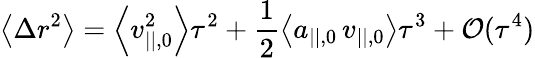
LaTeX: \left\langle{\Delta r^{2}}\right\rangle=\left\langle{v_{||,0}^{2}}\right\rangle\tau^{2}+\frac{1}{2}\left\langle{a_{||,0}\, v_{||,0}}\right\rangle\tau^{3}+\mathcal{O}(\tau^{4})